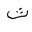
Letter: _tha